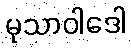
မုသာဝါဒေါ